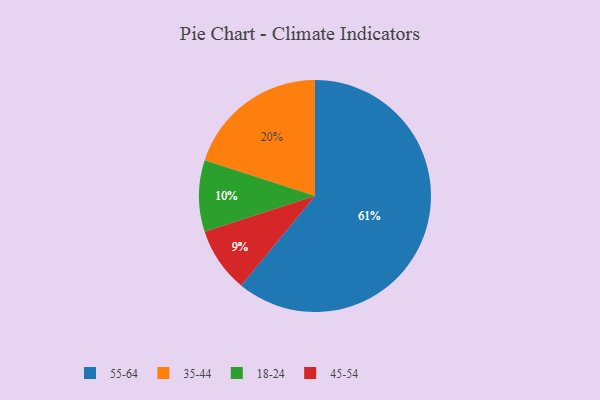
{"axis": {"x": "Category", "y": "Percentage"}, "legend": ["18-24", "35-44", "45-54", "55-64"], "data": [{"x": "45-54", "y": 9, "type": "45-54"}, {"x": "55-64", "y": 61, "type": "55-64"}, {"x": "18-24", "y": 10, "type": "18-24"}, {"x": "35-44", "y": 20, "type": "35-44"}]}